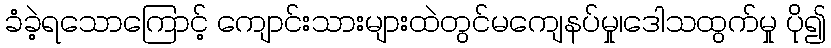
ခံခဲ့ရသောကြောင့် ကျောင်းသားများထဲတွင်မကျေနပ်မှု၊ဒေါသထွက်မှု ပို၍